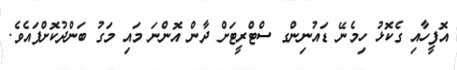
އޮފީހާއި ގެކޮޅު ހިމެނޭ ޑައުނިންގ ސްޓްރީޓަށް ދާން އޮންނަ މައި މަގު ބަންދުކޮށްފައެވެ.